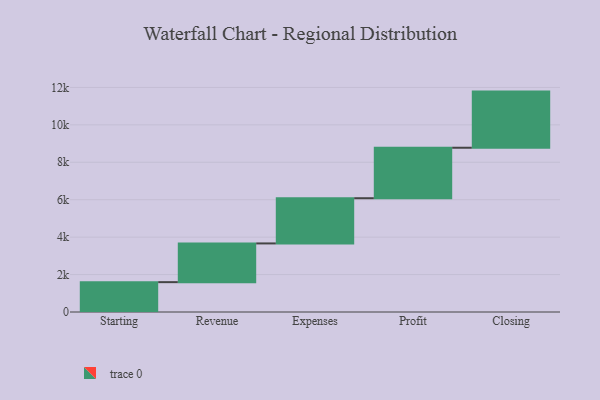
{"axis": {"x": "Step", "y": "Value"}, "legend": [""], "data": [{"x": "Starting", "y": 1595.0, "type": ""}, {"x": "Revenue", "y": 2069.0, "type": ""}, {"x": "Expenses", "y": 2416.0, "type": ""}, {"x": "Profit", "y": 2697.0, "type": ""}, {"x": "Closing", "y": 3000, "type": ""}]}